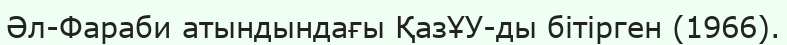
Әл-Фараби атындындағы ҚазҰУ-ды бітірген (1966).